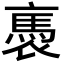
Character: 褭